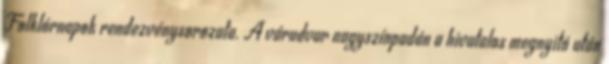
Folklórnapok rendezvénysorozata. A várudvar nagyszínpadán a hivatalos megnyitó után